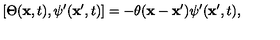
\left[ \Theta ( { \bf x } , t ) , \psi ^ { \prime } ( { \bf x } ^ { \prime } , t ) \right] = - \theta ( { \bf x } - { \bf x } ^ { \prime } ) \psi ^ { \prime } ( { \bf x } ^ { \prime } , t ) ,